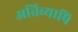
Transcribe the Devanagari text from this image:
अतिव्यापि